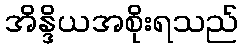
အိန္ဒိယအစိုးရသည်